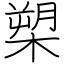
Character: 槊